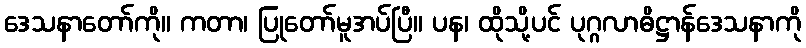
ဒေသနာတော်ကို။ ကတာ၊ ပြုတော်မူအပ်ပြီ။ ပန၊ ထိုသို့ပင် ပုဂ္ဂလာဓိဋ္ဌာန်ဒေသနာကို